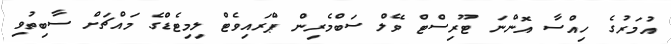
އުމަރުގެ ހިއްސާ އޮންނަ ޓޫރިސްޓް ވޭލް ސަބްމެރިން ޕްރައިވެޓް ލިމިޓެޑްގެ މައްޗަށް ސާބިތުވި